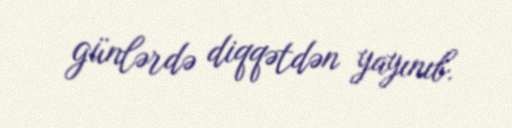
günlərdə diqqətdən yayınıb.